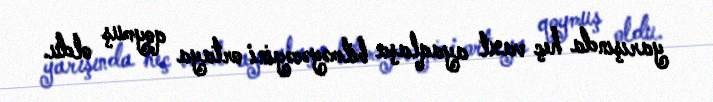
yarışında heç vaxt ayaqlaşa bilməyəcəyini ortaya qoymuş oldu.